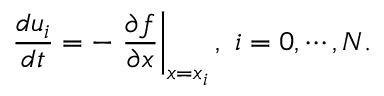
\frac { d u _ { i } } { d t } = - \left. \frac { \partial f } { \partial x } \right| _ { x = x _ { i } } , \mathrm { ~ } i = 0 , \cdots , N .